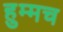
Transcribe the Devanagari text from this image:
हुम्मच